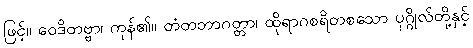
ဖြင့်။ ဝေဒိတဗ္ဗာ၊ ကုန်၏။ တံတဘာဂတ္တာ၊ ထိုရာဂစရိတစသော ပုဂ္ဂိုလ်တို့နှင့်